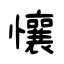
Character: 懹